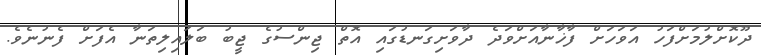
ދޫކޮށްލުމަށްފަހު އަވަހަށް ފާޚާނާއަށްވަދެ ދާވަށިގަނޑުގައި އޮތް ޖިންސުގެ ޖީބު ބަަލައިލިތަނާ އެފަށް ފެނުނެވެ.